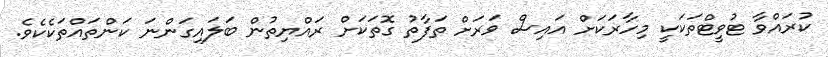
ކުރައްވާ ޓުވީޓްތަކަކީ މިހާރަކަށް އައިސް ވަރަށް ތަފާތު ގޮތަކަށް ރައްޔިތުން ބަލައިގަންނަ ކަންތައްތަކެކެވެ.